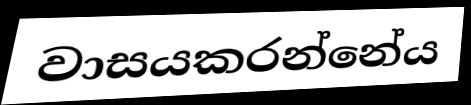
වාසයකරන්නේය